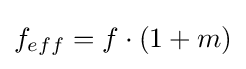
f_{eff}=f\cdot (1+m)